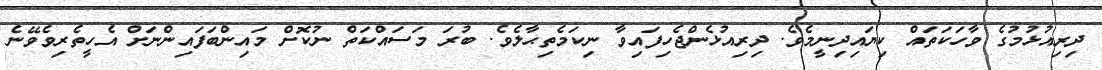
ދިރިއުޅުމުގެ ވާހަކަތައް ކިޔައިދިނީމެވެ. ދިރިއުޅެންޖެހިފައިވާ ނިކަމެތިޙާލެވެ. ބުރަ މަސައްކަތް ނުކޮށް މައިންބަފައިންނަށް އެހީތެރިވެވޭނެ